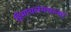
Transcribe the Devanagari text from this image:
हिमाचलमधल्या